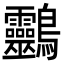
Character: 䴒